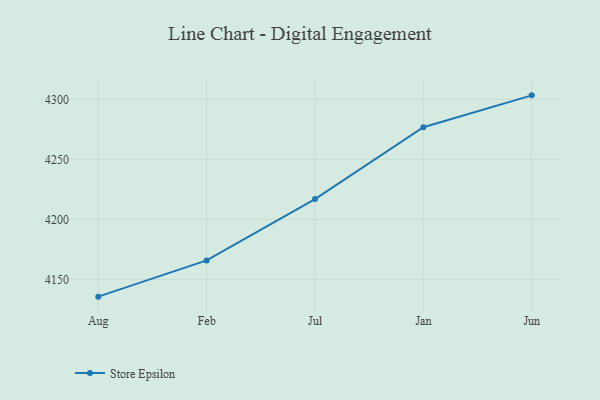
{"axis": {"x": "Month", "y": "Inventory Turnover"}, "legend": ["Store Epsilon"], "data": [{"x": "Aug", "y": 4135.6, "type": "Store Epsilon"}, {"x": "Feb", "y": 4165.8, "type": "Store Epsilon"}, {"x": "Jul", "y": 4216.9, "type": "Store Epsilon"}, {"x": "Jan", "y": 4276.7, "type": "Store Epsilon"}, {"x": "Jun", "y": 4303.3, "type": "Store Epsilon"}]}